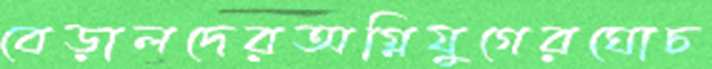
বেড়ালদেরঅগ্নিযুগেরঘোচ